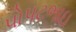
પોપટભાઇ